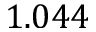
1 . 0 4 4